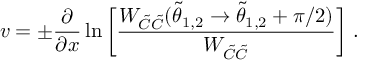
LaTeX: v = \pm { \frac { \partial } { \partial x } } \ln \bigg [ { \frac { W _ { \tilde { C } \tilde { C } } ( \tilde { \theta } _ { 1 , 2 } \rightarrow \tilde { \theta } _ { 1 , 2 } + \pi / 2 ) } { W _ { \tilde { C } \tilde { C } } } } \bigg ] ~ .